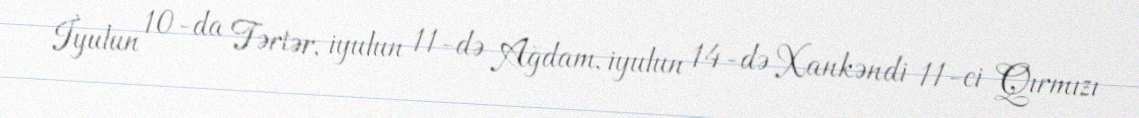
İyulun 10-da Tərtər, iyulun 11-də Ağdam, iyulun 14-də Xankəndi 11-ci Qırmızı